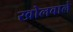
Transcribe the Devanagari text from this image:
खोलवाले